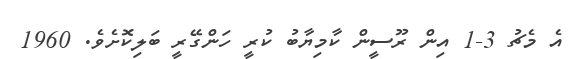
އެ މެޗު 3-1 އިން ރޫސީން ކާމިޔާބު ކުރީ ހަންގޭރީ ބަލިކޮށެވެ. 1960